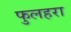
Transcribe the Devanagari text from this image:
फुलहरा